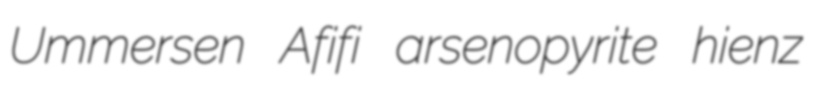
Ummersen Afifi arsenopyrite hienz